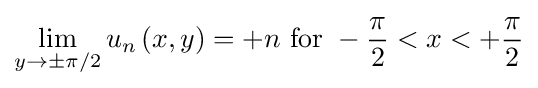
\lim _{y\to \pm \pi /2}u_{n}\left(x,y\right)=+n{\text{ for }}-{\frac {\pi }{2}}<x<+{\frac {\pi }{2}}